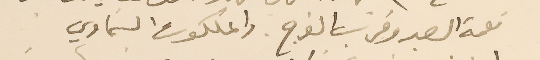
نعمة الصبر وقرب الفرج. والملكوت السَماوي